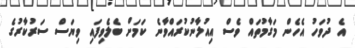
އެ ދުވަހު އެހެން މަގާމުތައް ވެސް އިއުލާނުކުރައްވާނެ ކަމަށް ބެލެވިފައި ވިޔަސް ސަރުކާރުުގެ